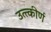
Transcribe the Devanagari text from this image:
उत्त्कीर्ण